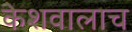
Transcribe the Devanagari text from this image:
केशवालाच